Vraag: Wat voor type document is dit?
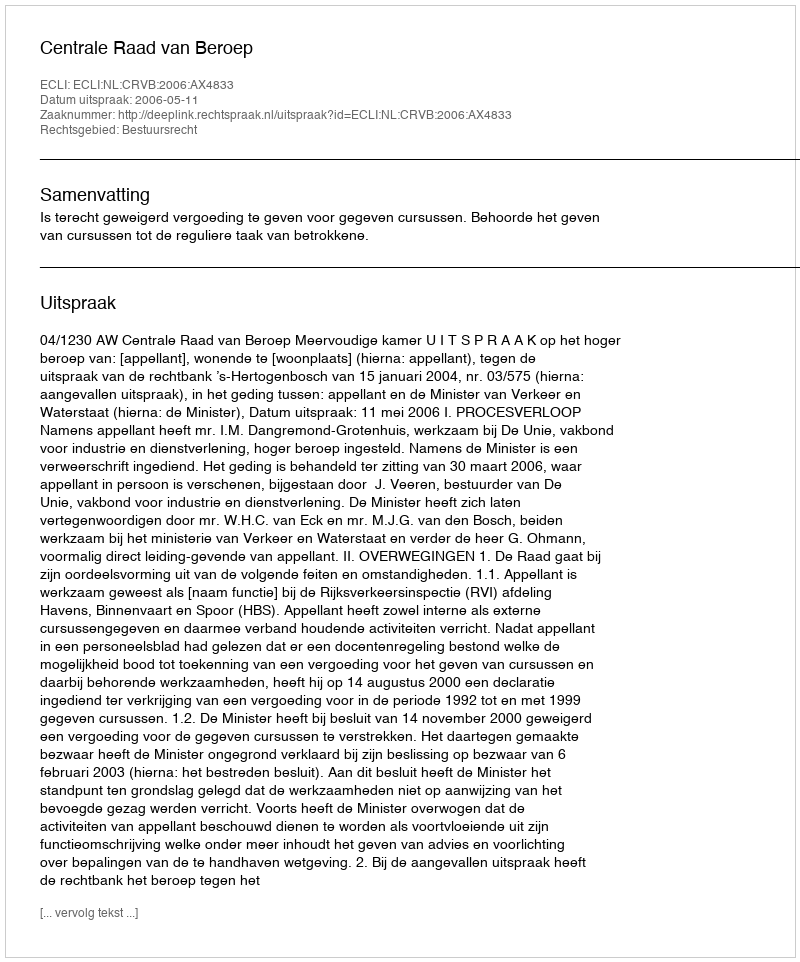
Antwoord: Uitspraak